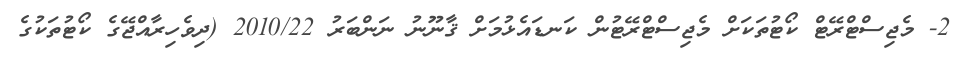
2- މެޖިސްޓްރޭޓް ކޯޓުތަކަށް މެޖިސްޓްރޭޓުން ކަނޑައެޅުމަށް ޤާނޫނު ނަންބަރު 2010/22 (ދިވެހިރާއްޖޭގެ ކޯޓުތަކުގެ